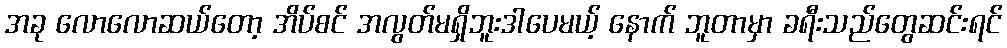
အခု လောလောဆယ်တော့ အိပ်စင် အလွတ်မရှိဘူးဒါပေမယ့် နောက် ဘူတာမှာ ခရီးသည်တွေဆင်းရင်